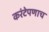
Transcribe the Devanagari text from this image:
करंटेपणाच